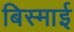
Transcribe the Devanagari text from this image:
बिस्माई